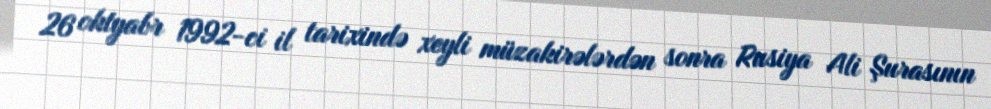
26 oktyabr 1992-ci il tarixində xeyli müzakirələrdən sonra Rusiya Ali Şurasının